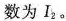
数为I_{2}。